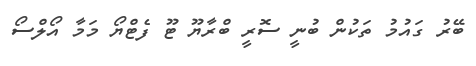
ބޭރު ގައުމު ތަކުން ބުނީ ސޮރީ ބްރާޔޫ ޓޫ ފެޓްޔޯ މަމާ އޯލްސޯ